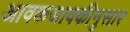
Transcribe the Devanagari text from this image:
आवकजावकीनुसार